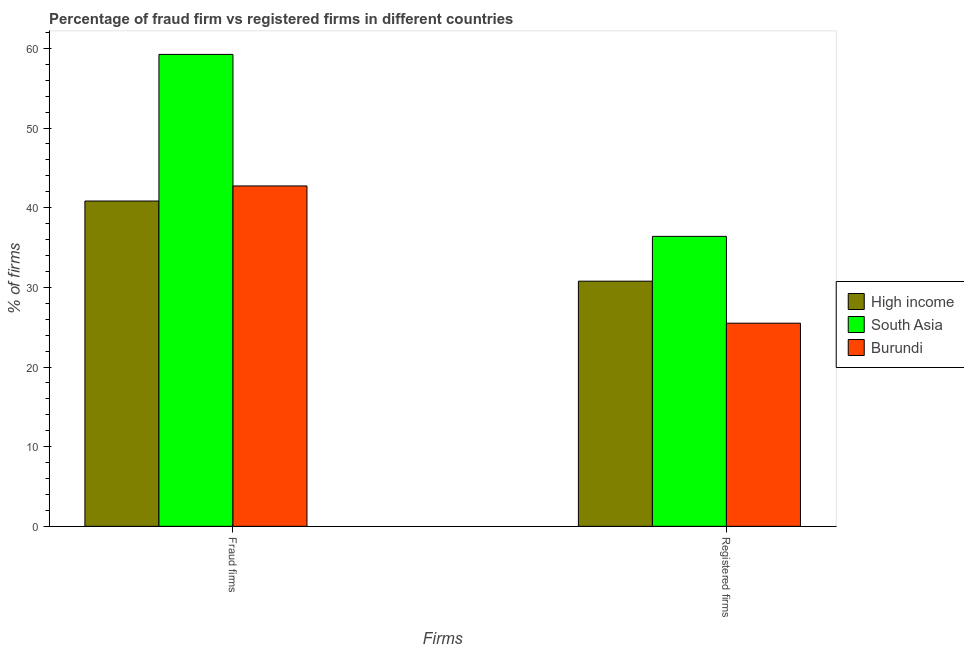
| Firms | High income | South Asia | Burundi |
 | --- | --- | --- | --- |
 | Fraud firms | 40.8 | 59.2 | 42.7 |
 | Registered firms | 30.8 | 36.4 | 25.5 |